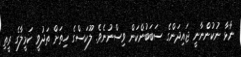
ނާޅާ ނުކުންނާނީ ޖައިދަންގެ ސަބަބުންކަން ވިސްނުނެވެ. ލޫކަސްގެ ހިތަށް ތަދުވީ ކަމީލާގެ ރީތި